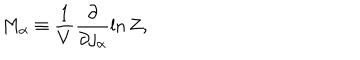
M _ { \alpha } \equiv \frac { 1 } { V } \frac { \partial } { \partial j _ { \alpha } } \ln Z ,